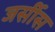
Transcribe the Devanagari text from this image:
जर्सीस